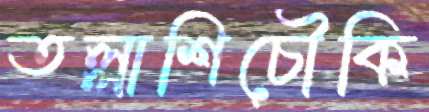
তল্লাশিচৌকি